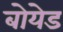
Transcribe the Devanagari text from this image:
बोयेड